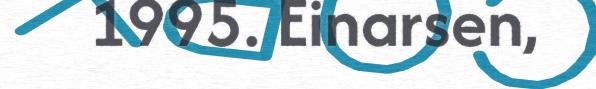
1995. Einarsen,